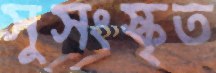
সুসংস্কৃত